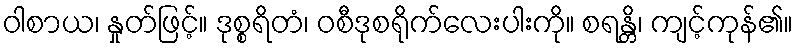
ဝါစာယ၊ နှုတ်ဖြင့်။ ဒုစ္စရိတံ၊ ဝစီဒုစရိုက်လေးပါးကို။ စရန္တိ၊ ကျင့်ကုန်၏။